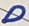
Text: D